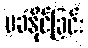
မခံနိုင်ခြင်း